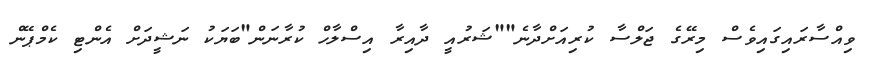
ވިއްސާރައިގައިވެސް މިރޭގެ ޖަލްސާ ކުރިއަށްދާނެ""ޝަރުއީ ދާއިރާ އިސްލާހް ކުރާނަން"ބަޔަކު ނަޝީދަށް އެންޓި ކެމްޕޭން